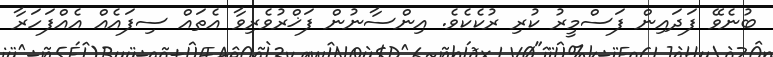
ބުނެވޭ ފަދައިން ފަސްމީރު ކުރި ރުކެކެވެ. އިންސާނުން ފަޚްރުވެރިވާ އެތައް ސިފައެއް އެއްފަހަރާ